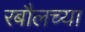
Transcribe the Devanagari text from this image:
रबौलच्या